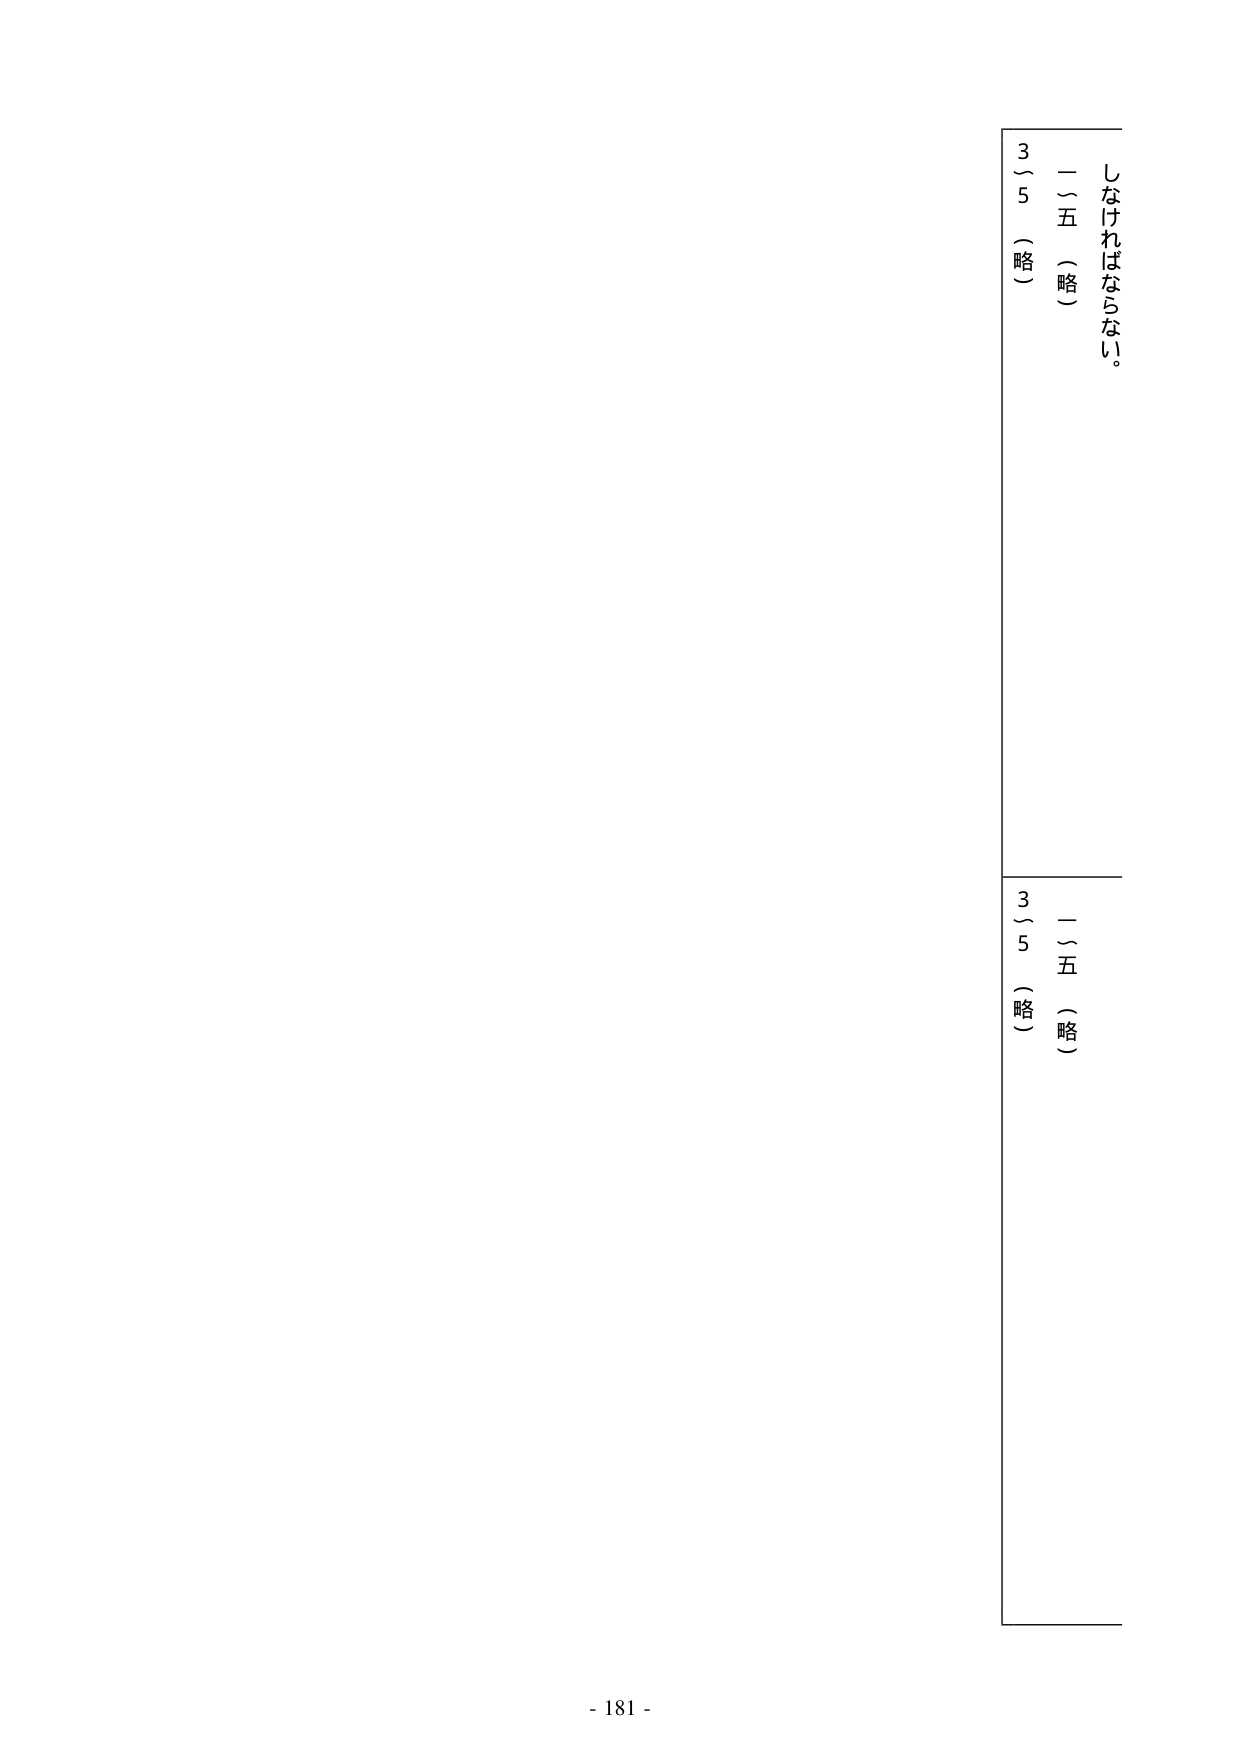
しなければならない。
一～五（略）
3～5（略）
一～五（略）
3～5（略）
- 181 -